Vital statistics of India. Vol. V, Reports of 1876 on armies & jails and on epidemic cholera
Year: 1876
Disease focus: Cholera
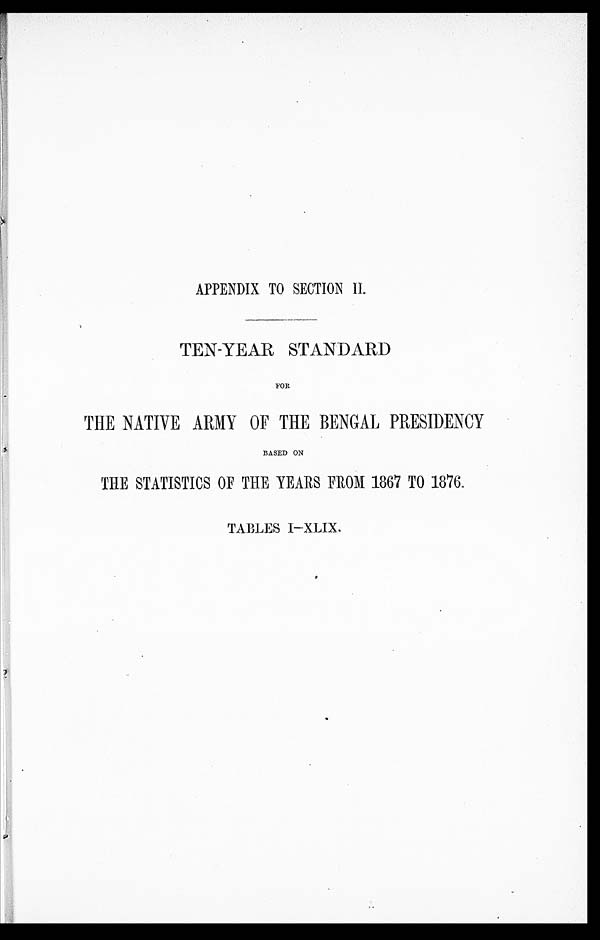
APPENDIX TO SECTION II.
TEN-YEAR STANDARD
FOR
THE NATIVE ARMY OF THE BENGAL PRESIDENCY
BASED ON
THE STATISTICS OF THE YEARS FROM 1867 TO 1876
TABLES I-XLIX.